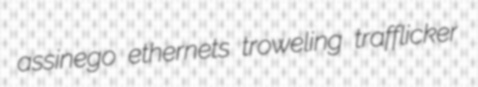
assinego ethernets troweling trafflicker